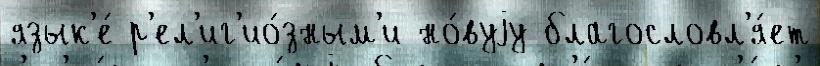
язык'е́ р'ел'иг'ио́зным'и но́вуjу благословл'я́ет